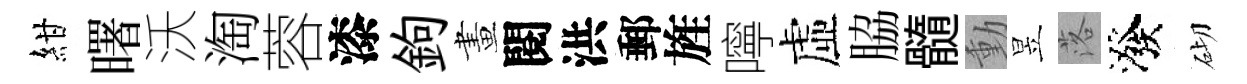
紺曙沃淘蓉漆鉤畫閱洪郵旌嚀虛脇髓動昱落潑砌